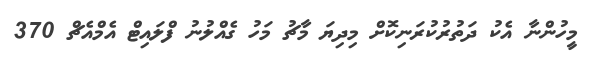
މީހުންނާ އެކު ދަތުރުކުރަނިކޮށް މިދިޔަ މާޗު މަހު ގެއްލުނު ފްލައިޓް އެމްއެޗް 370